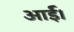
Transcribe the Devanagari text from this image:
आर्ई।